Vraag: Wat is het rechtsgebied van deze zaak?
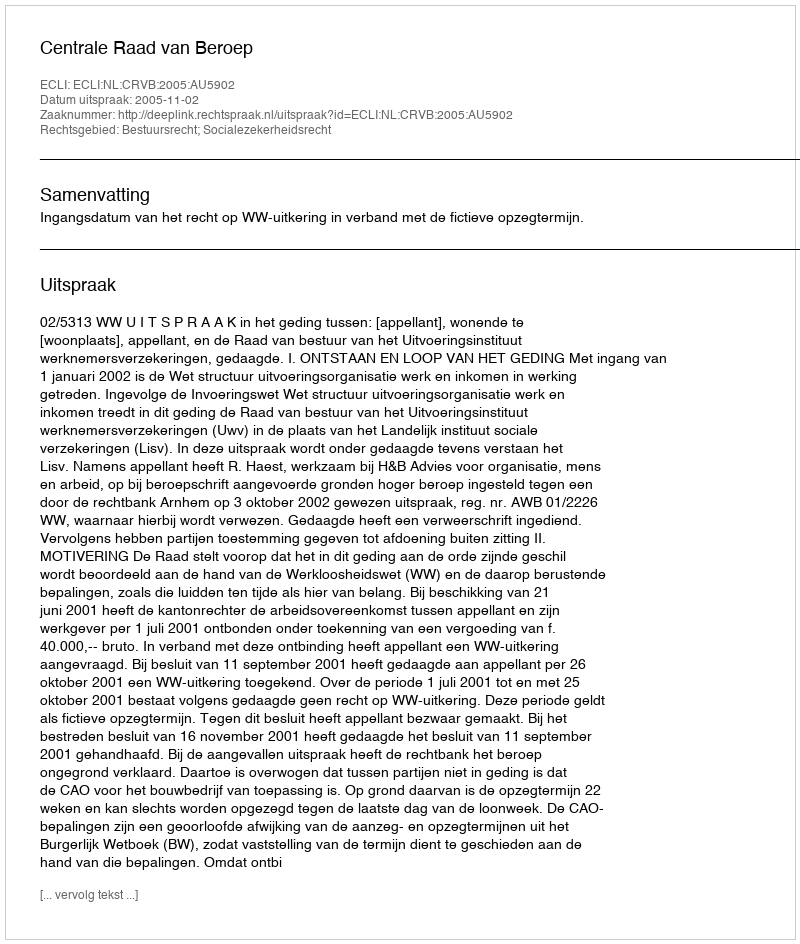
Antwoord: Bestuursrecht; Socialezekerheidsrecht